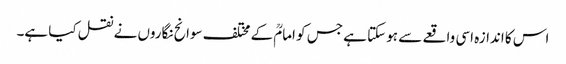
اس کا اندازہ اسی واقعے سے ہو سکتا ہے جس کو امامؒ کے مختلف سوانح نگاروں نے نقل کیا ہے۔